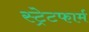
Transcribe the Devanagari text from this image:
स्ट्रेटफार्म